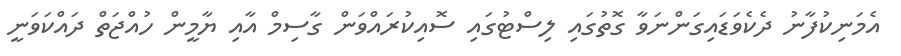
އެމަނިކުފާނު ދެކެވަޑައިގަންނަވާ ގޮތުގައި ލިސްޓުގައި ސޮއިކުރައްވަން ގާސިމް އާއި ޔާމީން ހުއްޖަތް ދައްކަވަނީ